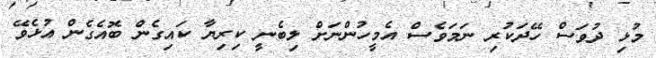
މުޅި ދުވަސް ހޭދަކުރި ނަމަވެސް އެމީހުންނަށް ލިބެނީ ކިރިޔާ ކައިގެން ބޮއެގެން އުޅެވޭ